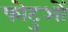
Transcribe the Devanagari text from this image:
फोटुओं